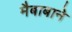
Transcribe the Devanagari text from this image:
मैबाबाने